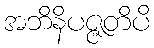
အဘိနိပဇ္ဇတိပိ